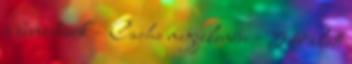
a bevezetésük – Cache megjelenése – 5 év alatt